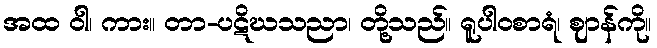
အထ ဝါ၊ ကား။ တာ-ပဋိဃသညာ၊ တို့သည်။ ရူပါဝစာရံ၊ ဈာန်ကို။